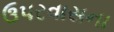
ઉપરવાસના